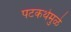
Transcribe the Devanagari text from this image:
पटकथेमुळे